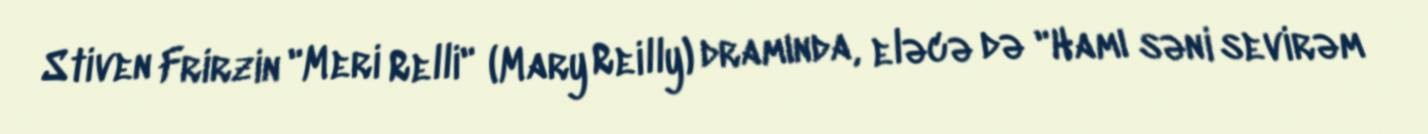
Stiven Frirzin "Meri Relli" (Mary Reilly) dramında, eləcə də "Hamı səni sevirəm